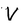
Character: V